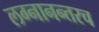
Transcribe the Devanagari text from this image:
लग्नानन्तरच